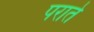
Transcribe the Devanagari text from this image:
पराते